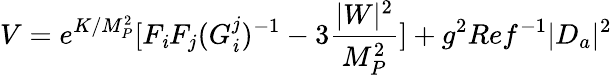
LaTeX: V=e^{K/M_{P}^{2}}[F_{\mathit{i}}F_{j}(G_{\mathit{i}}^{j})^{-1}-3{\frac{{|W|^{2}}}{{M_{P}^{2}}}}]+g^{2}Ref^{-1}|D_{a}|^{2}